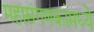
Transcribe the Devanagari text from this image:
महासंगणकांमध्ये